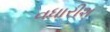
વધારીશ